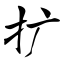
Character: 扩